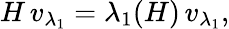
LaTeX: H\, v_{\lambda_{1}}=\lambda_{1}(H)\, v_{\lambda_{1}},